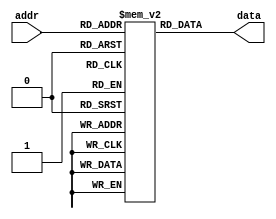
module parameterized_rom #(
    parameter ADDR_WIDTH = 4, // Number of address bits
    parameter DATA_WIDTH = 8   // Width of the data
)(
    input  wire [ADDR_WIDTH-1:0] addr, // Address input
    output reg  [DATA_WIDTH-1:0] data   // Data output
);

// Memory initialization with predefined values
reg [DATA_WIDTH-1:0] rom [(2**ADDR_WIDTH)-1:0];

// Initialize the ROM with hardcoded values
initial begin
    // Example initialization values, you can customize these
    rom[0]  = 8'hAA;
    rom[1]  = 8'hBB;
    rom[2]  = 8'hCC;
    rom[3]  = 8'hDD;
    rom[4]  = 8'hEE;
    rom[5]  = 8'hFF;
    rom[6]  = 8'h00;
    rom[7]  = 8'h11;
    // Add more initial values as needed
end

// Behavioral access to the ROM
always @(*) begin
    data = rom[addr]; // Output the data corresponding to the address
end

endmodule